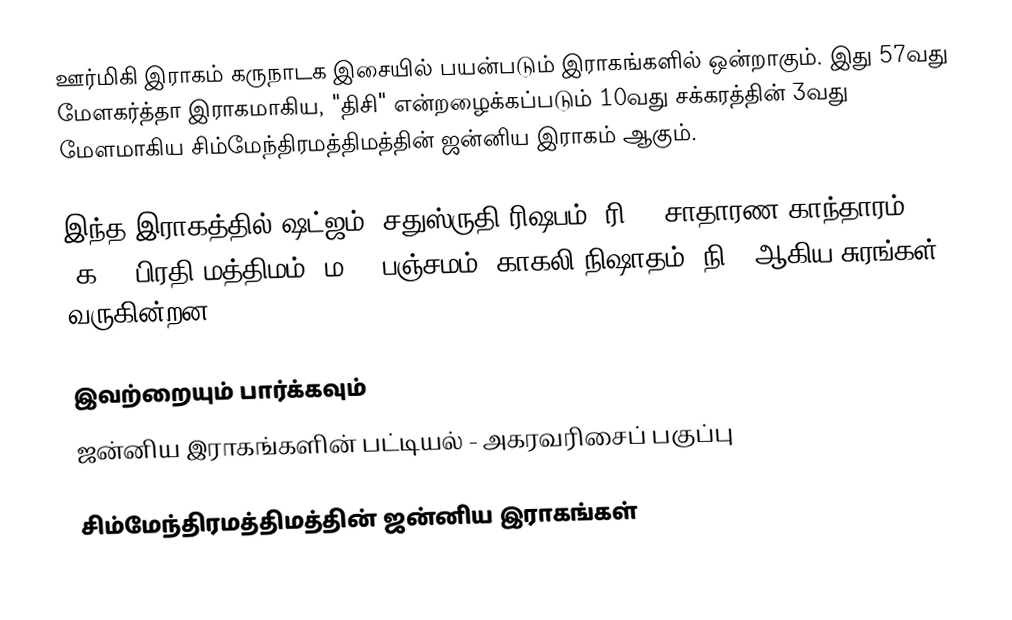
ஊர்மிகி இராகம் கருநாடக இசையில் பயன்படும் இராகங்களில் ஒன்றாகும். இது 57வது மேளகர்த்தா இராகமாகிய, "திசி" என்றழைக்கப்படும் 10வது சக்கரத்தின் 3வது மேளமாகிய சிம்மேந்திரமத்திமத்தின் ஜன்னிய இராகம் ஆகும்.

இந்த இராகத்தில் ஷட்ஜம், சதுஸ்ருதி ரிஷபம் (ரி2),  சாதாரண காந்தாரம் (க2), பிரதி மத்திமம் (ம2), பஞ்சமம், காகலி நிஷாதம்  (நி3) ஆகிய சுரங்கள் வருகின்றன.

இவற்றையும் பார்க்கவும்
 ஜன்னிய இராகங்களின் பட்டியல் - அகரவரிசைப் பகுப்பு

சிம்மேந்திரமத்திமத்தின் ஜன்னிய இராகங்கள்